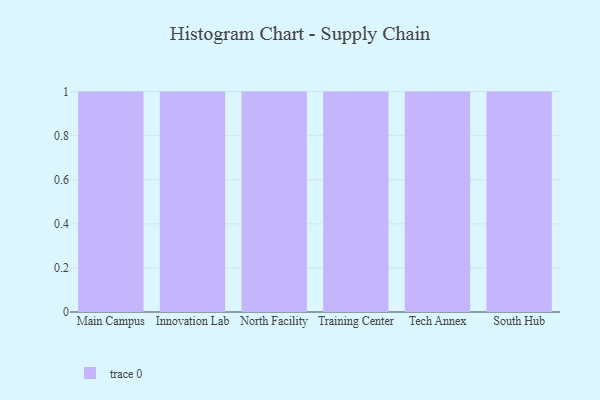
{"axis": {"x": "Campus", "y": "Humidity (%)"}, "legend": [""], "data": [{"x": "Main Campus", "y": 4, "type": ""}, {"x": "Innovation Lab", "y": 49, "type": ""}, {"x": "North Facility", "y": 13, "type": ""}, {"x": "Training Center", "y": 11, "type": ""}, {"x": "Tech Annex", "y": 13, "type": ""}, {"x": "South Hub", "y": 10, "type": ""}]}